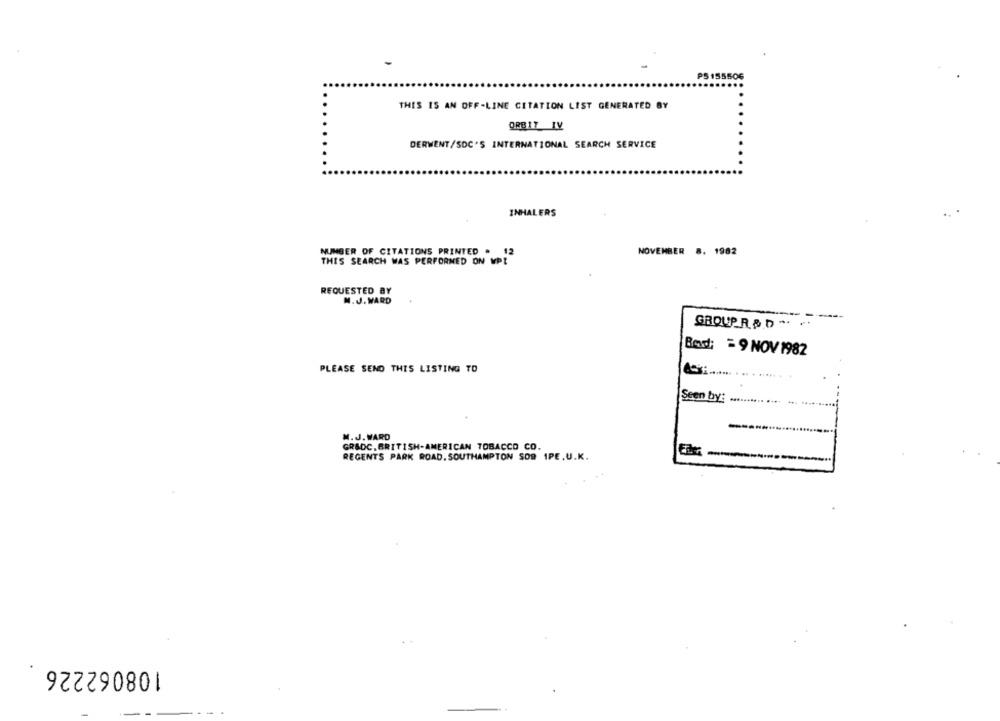
PS155506
THIS IS AN OFF-LINE CITATION LIST GENERATED BY
ORBIT IV
DERWENT/SOC'S INTERNATIONAL SEARCH SERVICE
INHALERS
NOVEMBER 8. 1982
NUMBER OF CITATIONS PRINTED . 12
THIS SEARCH WAS PERFORMED ON WPI
REQUESTED BY
M. J. WARD
GROUP R & D .
Bed: = 9 NOV 1982
PLEASE SEND THIS LISTING TO
Seen by:
M. J. WARD
GRADC. BRITISH-AMERICAN TOBACCO CO.
REGENTS PARK ROAD. SOUTHAMPTON SOS 1PE, U.K.
108062226